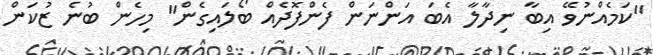
"ކަމެއްނުވޭ އިބާ ނިދާލާ އެބަ އަންނަން ފެންފޮދެއް ބޯލައިގެން" މިހެން ބުނެ ޒުކަން